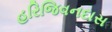
હરિજિવનદાસ